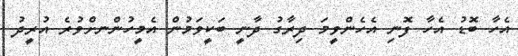
އެހާ ބޮޑު އެހާ ފޮނި އެހެންވީމަ ދިރާގު ދާނީ ބަކީވަމުން އެމީހުންނށްވުރެ އުރީދު